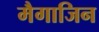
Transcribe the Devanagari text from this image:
मैगाजिन